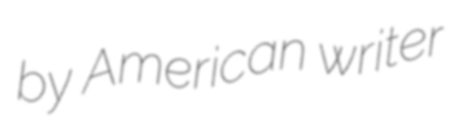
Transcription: by American writer